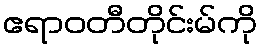
ဧရာဝတီတိုင်းမ်ကို